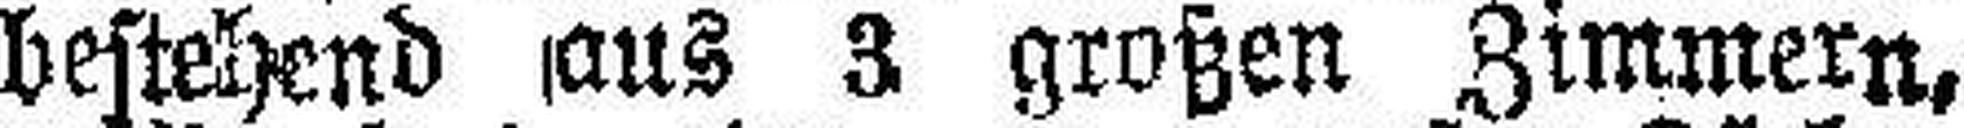
bestehend aus 3 großen Zimmern,